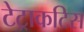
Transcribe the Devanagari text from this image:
टेट्राकटिस